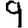
Digit: 9